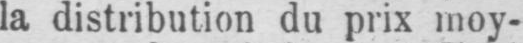
la distribution du prix moy-